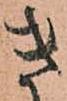
き